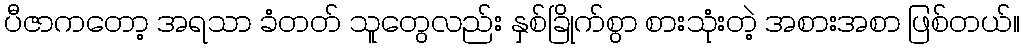
ပီဇာကတော့ အရသာ ခံတတ် သူတွေလည်း နှစ်ခြိုက်စွာ စားသုံးတဲ့ အစားအစာ ဖြစ်တယ်။